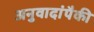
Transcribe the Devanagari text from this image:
अनुवादांपैकी